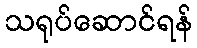
သရုပ်ဆောင်ရန်